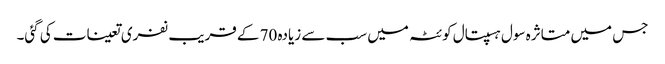
جس میں متاثرہ سول ہسپتال کوئٹہ میں سب سے زیادہ 70 کے قریب نفری تعینات کی گئی۔